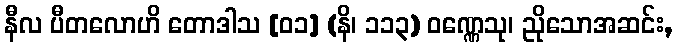
နီလ ပီတလောဟိ တောဒါသ [၀၁] (နိ၊ ၁၁၃) ဝဏ္ဏေသု၊ ညိုသောအဆင်း,